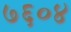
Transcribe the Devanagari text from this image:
७६०४